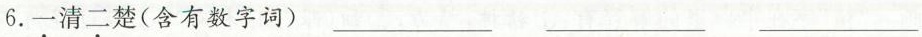
6.一清二楚（含有数字词）___ ___ ___